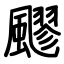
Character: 飂